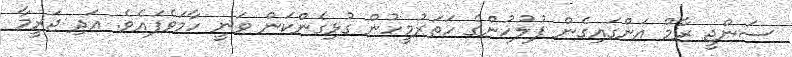
ސަންޖީ ރާމް އަންގައިގެން ފުލުހުންގެ ހަތަރުމީހުން ގުޅިގެންކަން ވަނީ ހާމަވެފައެވެ. އަދި ޖަރީމާ